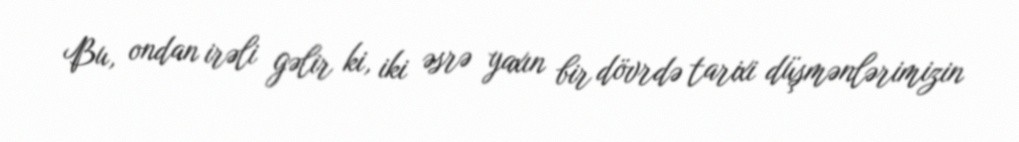
Bu, ondan irəli gəlir ki, iki əsrə yaxın bir dövrdə tarixi düşmənlərimizin